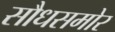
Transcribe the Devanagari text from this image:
सौधसमोर